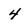
Character: 4